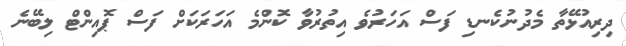
ދިރިއުޅޭތާ މެދުނުކެނޑި ފަސް އަހަރުވެ އިތުރުވާ ކޮންމެ އަހަރަކަށް ފަސް ޕޮއިންޓް ލިބޭނެ